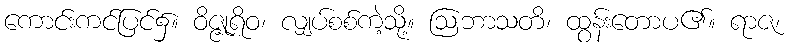
ကောင်းကင်ပြင်၌။ ဝိဇ္ဇုရိဝ၊ လျှပ်စစ်ကဲ့သို့။ ဩဘာသတိ၊ ထွန်းတောပ၏။ ရာဇ၊